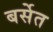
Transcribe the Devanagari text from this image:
बर्सेत